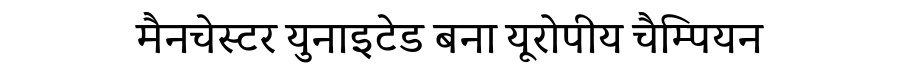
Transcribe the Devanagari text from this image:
मैनचेस्टर युनाइटेड बना यूरोपीय चैम्पियन